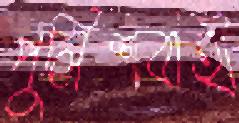
পুলিশবাহী